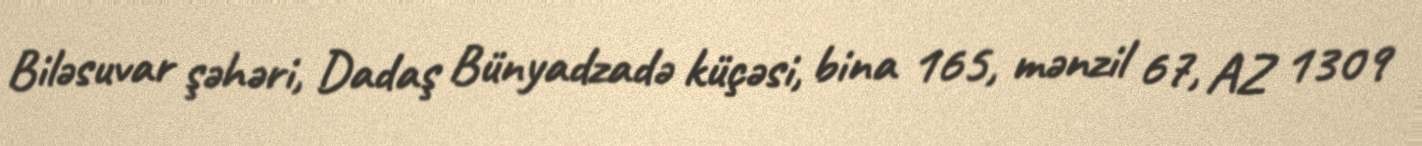
Biləsuvar şəhəri, Dadaş Bünyadzadə küçəsi, bina 165, mənzil 67, AZ 1309